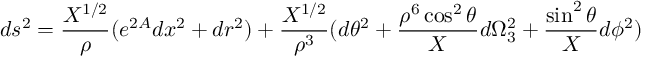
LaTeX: d s ^ { 2 } = { \frac { X ^ { 1 / 2 } } { \rho } } ( e ^ { 2 A } d x ^ { 2 } + d r ^ { 2 } ) + { \frac { X ^ { 1 / 2 } } { \rho ^ { 3 } } } ( d \theta ^ { 2 } + { \frac { \rho ^ { 6 } \cos ^ { 2 } \theta } { X } } d \Omega _ { 3 } ^ { 2 } + { \frac { \sin ^ { 2 } \theta } { X } } d \phi ^ { 2 } )